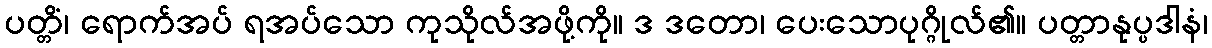
ပတ္တိံ၊ ရောက်အပ် ရအပ်သော ကုသိုလ်အဖို့ကို။ ဒ ဒတော၊ ပေးသောပုဂ္ဂိုလ်၏။ ပတ္တာနုပ္ပဒါနံ၊